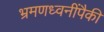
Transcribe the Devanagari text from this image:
भ्रमणध्वनींपैकी